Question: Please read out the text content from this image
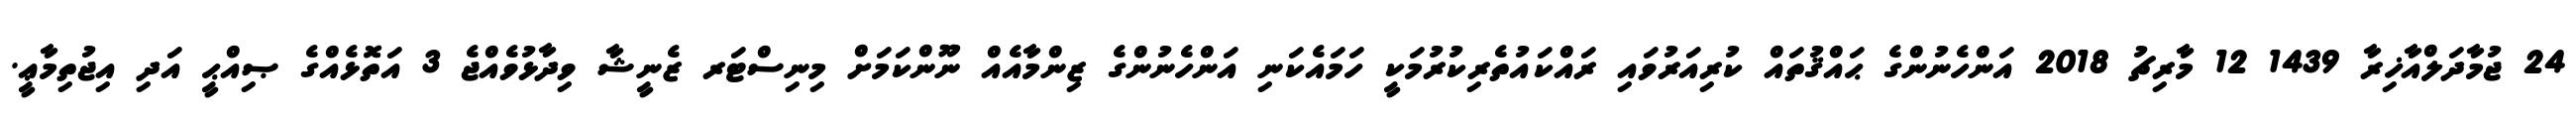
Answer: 24 ޖުމާދަލްއާޚިރާ 1439 12 މާރިޗު 2018 އަންހެނުންގެ ޙައްޤުތައް ކުރިއަރުވައި ރައްކައުތެރިކުރުމަކީ ހަމައެކަނި އަންހެނުންގެ ޒިންމާއެއް ނޫންކަމަށް މިނިސްޓަރ ޒެނީޝާ ވިދާޅުވެއްޖެ 3 އަތޮޅެއްގެ ޞިއްޙީ އަދި އިޖުތިމާޢީ.